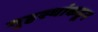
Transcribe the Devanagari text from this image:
गृहस्थांकडून